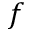
f